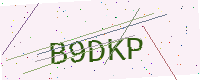
Text: B9DKP